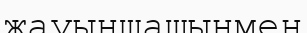
жауыншашынмен